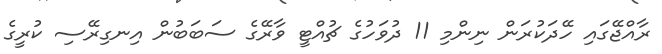
ރާއްޖޭގައި ހޭދަކުރަން ނިންމި 11 ދުވަހުގެ ޗުއްޓީ ވާރޭގެ ސަބަބުން އިނގިރޭސި ކުރީގެ